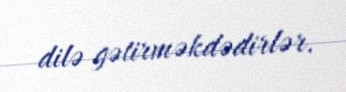
dilə gətirməkdədirlər.